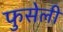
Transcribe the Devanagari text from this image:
फुसेली